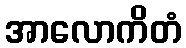
အာလောကိတံ